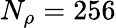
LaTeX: N_{\rho}=256